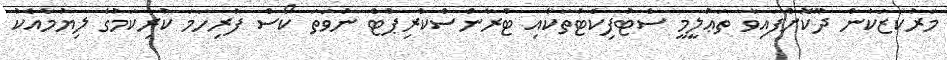
މަރުކަޒަކުން ދޫކޮށްފައިވާ ތަޢުލީމީ ސެޓުފިކެޓުތަކާއި ޓްރާންސްކްރިޕްޓް ނުވަތަ ކޯސް ފުރިހަމަ ކުރިކަމުގެ ލިޔުމާއެކު